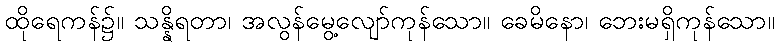
ထိုရေကန်၌။ သန္နိရတာ၊ အလွန်မွေ့လျော်ကုန်သော။ ခေမိနော၊ ဘေးမရှိကုန်သော။